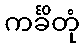
ကင်္ခိတုံ